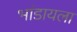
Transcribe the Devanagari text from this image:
भांडायला